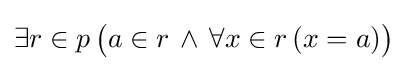
\exists r\in p\,{\big (}a\in r\,\land \,\forall x\in r\,(x=a){\big )}